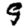
Digit: 9